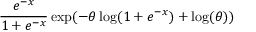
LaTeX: { \frac { e ^ { - x } } { 1 + e ^ { - x } } } \exp ( - \theta \log ( 1 + e ^ { - x } ) + \log ( \theta ) )